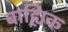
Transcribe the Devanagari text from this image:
बाह्यिक